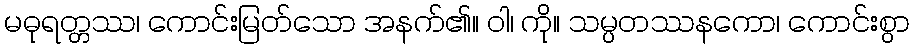
မဓုရတ္တဿ၊ ကောင်းမြတ်သော အနက်၏။ ဝါ၊ ကို။ သမ္ပတဿနကော၊ ကောင်းစွာ